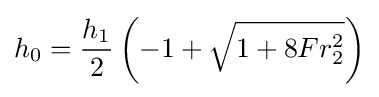
h_{0}={h_{1} \over 2}\left({-1+{\sqrt {1+8Fr_{2}^{2}}}}\right)